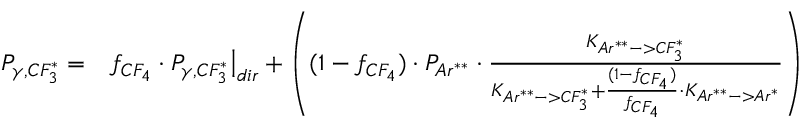
\begin{array} { r l } { P _ { \gamma , C F _ { 3 } ^ { * } } = } & { f _ { C F _ { 4 } } \cdot P _ { \gamma , C F _ { 3 } ^ { * } } \big | _ { d i r } + \left( ( 1 - f _ { C F _ { 4 } } ) \cdot P _ { A r ^ { * * } } \cdot \frac { K _ { A r ^ { * * } - > C F _ { 3 } ^ { * } } } { K _ { A r ^ { * * } - > C F _ { 3 } ^ { * } } + \frac { ( 1 - f _ { C F _ { 4 } } ) } { f _ { C F _ { 4 } } } \cdot K _ { A r ^ { * * } - > A r ^ { * } } } \right) } \end{array}